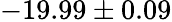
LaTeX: -19.99\pm 0.09